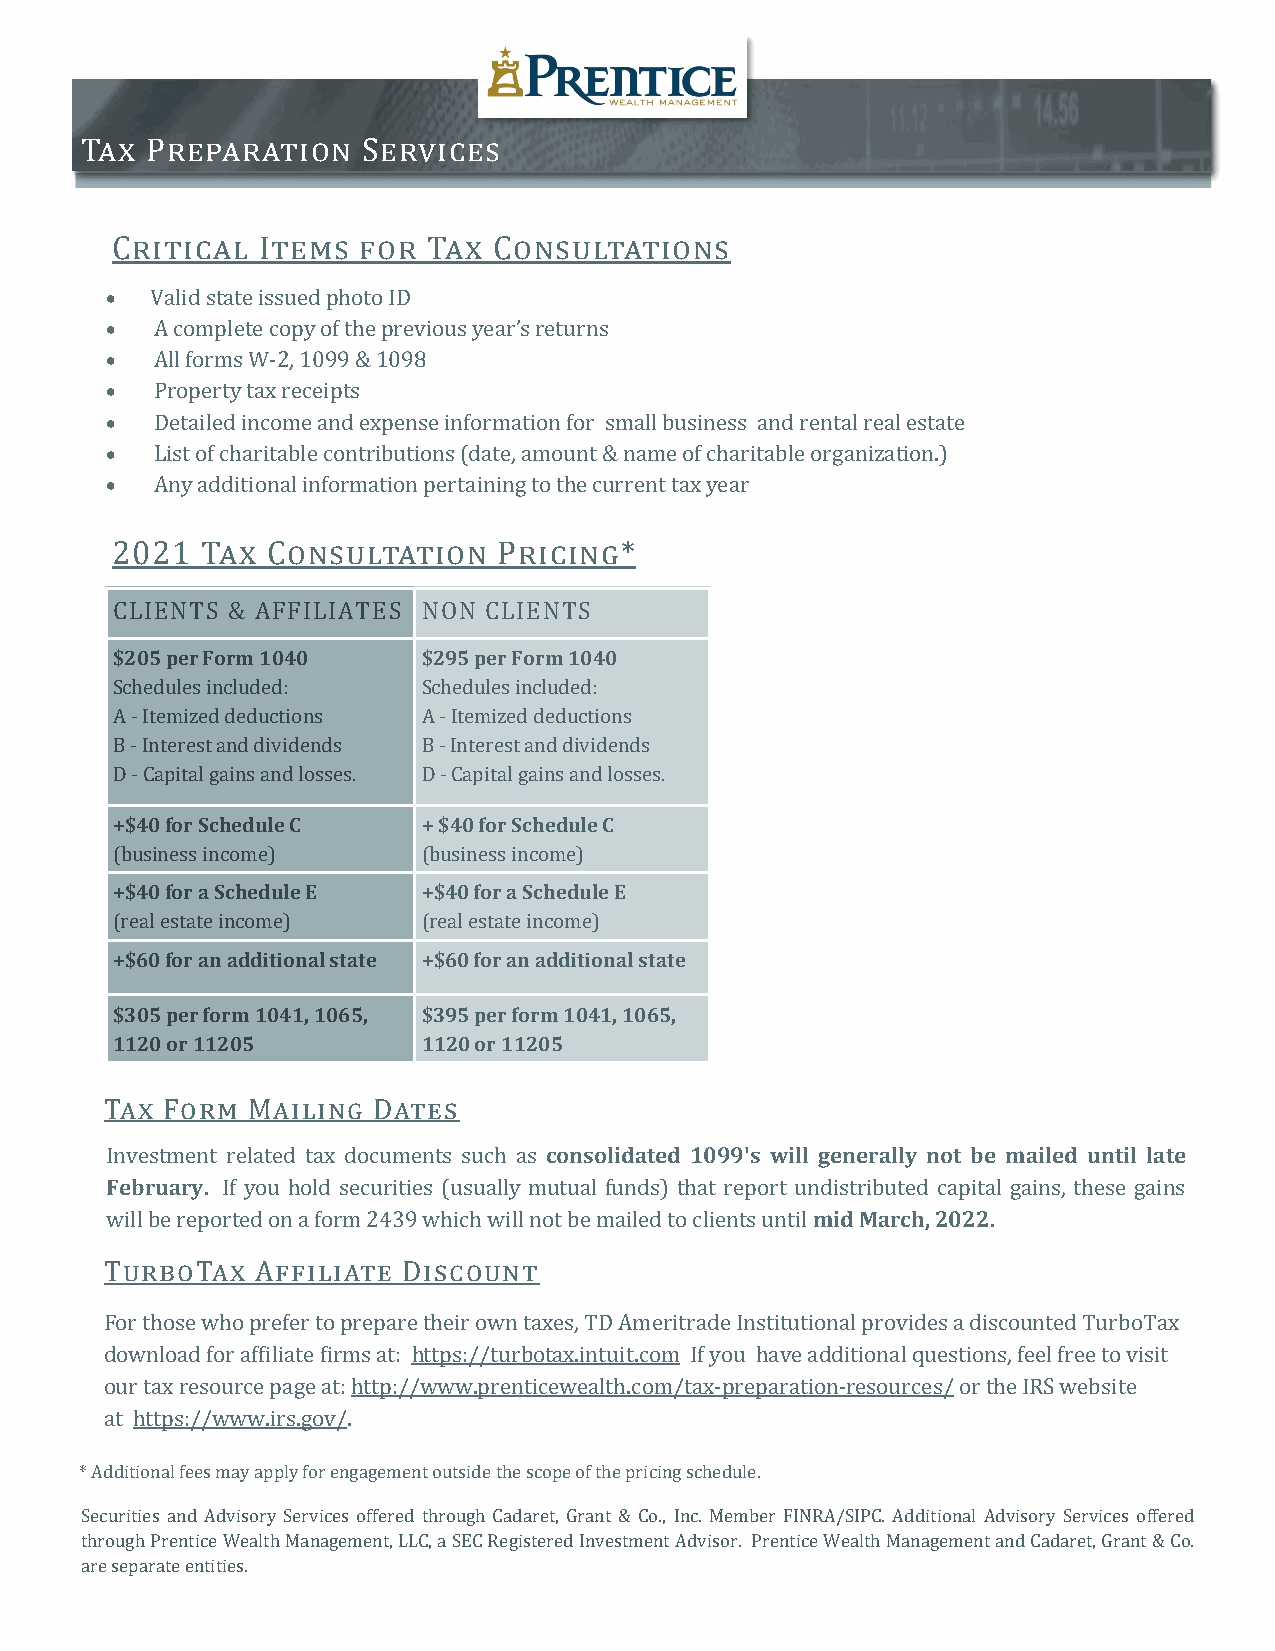
Tax  Preparation   Services
 Critical  Items  for Tax  Consultations
 •  Valid state issued photo ID
 •  A complete copy of the previous year’s returns
 •  All forms W-2, 1099 & 1098
 •  Property tax receipts
 •  Detailed income and expense information for small business and rental real estate
 •  List of charitable contributions (date, amount & name of charitable organization.)
 •  Any additional information pertaining to the current tax year
 2021  Tax  Consultation   Pricing*
 CLIENTS & AFFILIATES NON CLIENTS
 $205 per Form 1040   $295 per Form 1040
 Schedules included:  Schedules included:
 A - Itemized deductions A - Itemized deductions
 B - Interest and dividends B - Interest and dividends
 D - Capital gains and losses. D - Capital gains and losses.
 +$40 for Schedule C  + $40 for Schedule C
 (business income)    (business income)
 +$40 for a Schedule E +$40 for a Schedule E
 (real estate income) (real estate income)
 +$60 for an additional state +$60 for an additional state
 $305 per form 1041, 1065, $395 per form 1041, 1065,
 1120 or 11205        1120 or 11205
 Tax Form Mailing  Dates
 Investment related tax documents such as consolidated 1099's will generally not be mailed until late
 February. If you hold securities (usually mutual funds) that report undistributed capital gains, these gains
 will be reported on a form 2439 which will not be mailed to clients until mid March, 2022.
 TurboTax  Affiliate Discount
 For those who prefer to prepare their own taxes, TD Ameritrade Institutional provides a discounted TurboTax
 download for affiliate firms at: https://turbotax.intuit.com If you have additional questions, feel free to visit
 our tax resource page at: http://www.prenticewealth.com/tax-preparation-resources/ or the IRS website
 at https://www.irs.gov/.
 * Additional fees may apply for engagement outside the scope of the pricing schedule.
 Securities and Advisory Services offered through Cadaret, Grant & Co., Inc. Member FINRA/SIPC. Additional Advisory Services offered
 through Prentice Wealth Management, LLC, a SEC Registered Investment Advisor. Prentice Wealth Management and Cadaret, Grant & Co.
 are separate entities.